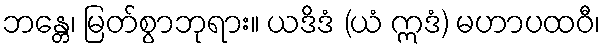
ဘန္တေ၊ မြတ်စွာဘုရား။ ယဒိဒံ (ယံ ဣဒံ) မဟာပထဝီ၊